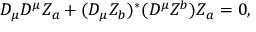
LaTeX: D _ { \mu } D ^ { \mu } Z _ { a } + ( D _ { \mu } Z _ { b } ) ^ { * } ( D ^ { \mu } Z ^ { b } ) Z _ { a } = 0 ,